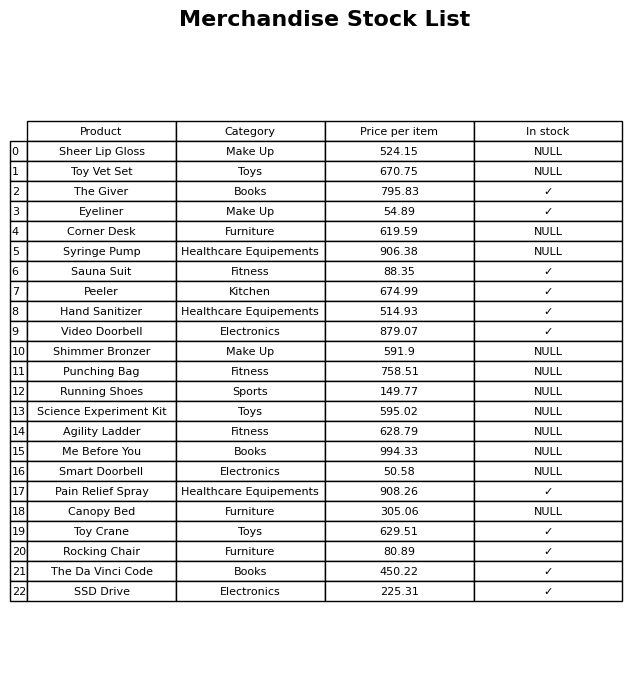
question: What is the stock status of the Video Doorbell?
answer: ✓